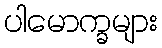
ပါမောက္ခများ